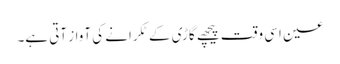
عین اسی وقت پیچھے گاڑی کے ٹکرانے کی آواز آتی ہے۔